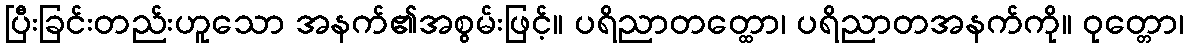
ပြီးခြင်းတည်းဟူသော အနက်၏အစွမ်းဖြင့်။ ပရိညာတတ္ထော၊ ပရိညာတအနက်ကို။ ဝုတ္တော၊